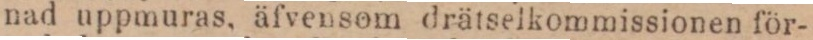
nad uppmuras, äfvensom drätselkommissionen för-